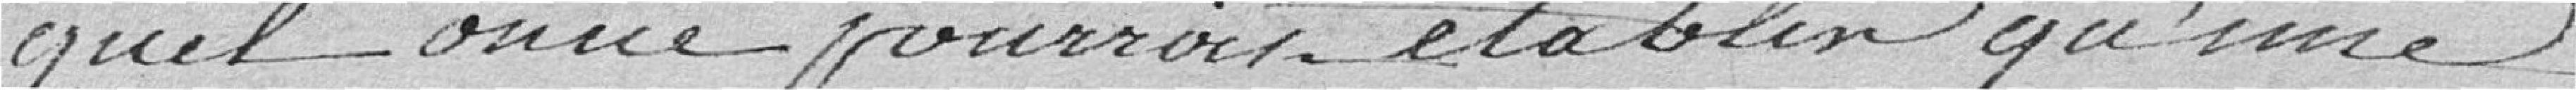
-quel on ne pourrait établir qu'une